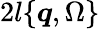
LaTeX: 2l\{ \boldsymbol{q},\Omega\}